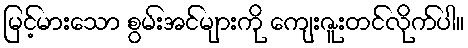
မြင့်မားသော စွမ်းအင်များကို ကျေးဇူးတင်လိုက်ပါ။